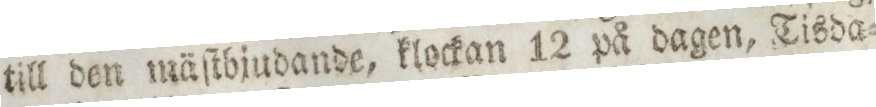
till den mäſtbjudande, klockan 12 på dagen, Tisda=